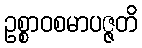
ဥစ္စာဝစမာပဇ္ဇတိ